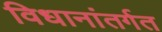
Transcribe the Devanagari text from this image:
विधानांतर्गत